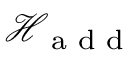
\mathscr { H } _ { \textrm { a d d } }